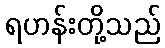
ရဟန်းတို့သည်